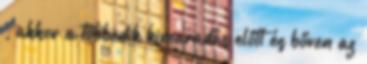
, akkor a többedik kimaradás előtt és bőven az